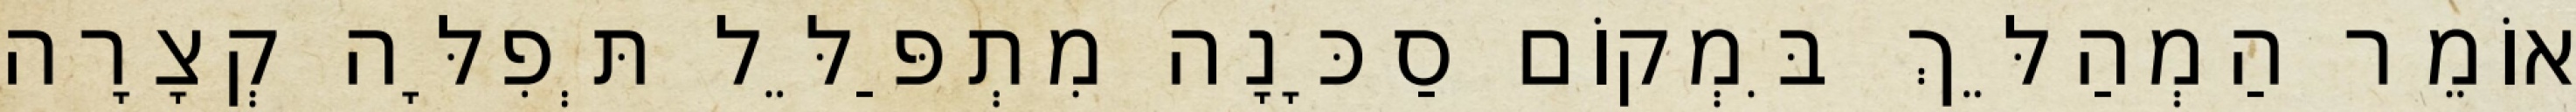
אוֹמֵר הַמְהַלֵּךְ בִּמְקוֹם סַכָּנָה מִתְפַּלֵּל תְּפִלָּה קְצָרָה